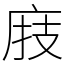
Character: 庪